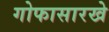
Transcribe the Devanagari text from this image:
गोफासारखे